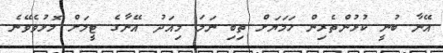
އޭނާ ބުނީ ކުޅުންތެރިން ހަމަޔަށް ތިބި ނަމަ މިއަދު އޭނާގެ ޓީމަށް މޮޅުވެވޭނެ